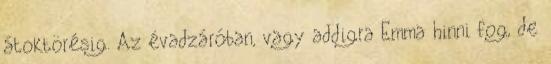
átoktörésig. Az évadzáróban, vagy addigra Emma hinni fog, de